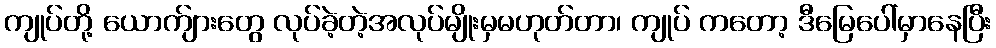
ကျုပ်တို့ ယောက်ျားတွေ လုပ်ခဲ့တဲ့အလုပ်မျိုးမှမဟုတ်တာ၊ ကျုပ် ကတော့ ဒီမြေပေါ်မှာနေပြီး